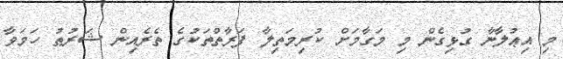
މި އިޢުލާނާ ގުޅިގެން މި މަގާމަށް ކުރިމަތިލާ ފަރާތްތަކުގެ ތެރެއިން ޝަރުޠު ހަމަވާ